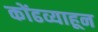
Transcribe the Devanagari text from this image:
कोंढव्याहून